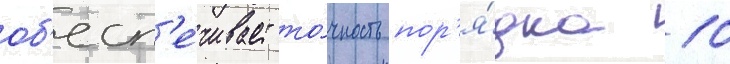
об'есп'е́чивает то́чность пор'я́дка 10